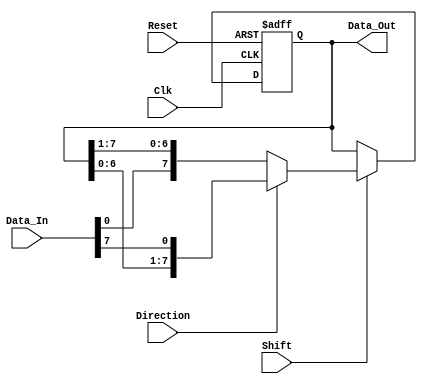
module ShiftRegister #(
    parameter N = 8 // Number of bits in the shift register
)(
    input wire Clk,            // Clock signal
    input wire Reset,          // Asynchronous active-high reset
    input wire [N-1:0] Data_In, // Input data line
    input wire Shift,          // Control signal to shift data
    input wire Direction,      // Shift direction: 0 for left, 1 for right
    output reg [N-1:0] Data_Out // Output data
);

    // Asynchronous reset and shifting logic
    always @(posedge Clk or posedge Reset) begin
        if (Reset) begin
            Data_Out <= {N{1'b0}}; // Clear register on reset
        end else if (Shift) begin
            if (Direction) begin
                // Right shift
                Data_Out <= {Data_Out[N-2:0], Data_In[N-1]}; // Shift right and input new data at LSB
            end else begin
                // Left shift
                Data_Out <= {Data_In[0], Data_Out[N-1:1]}; // Shift left and input new data at MSB
            end
        end
    end

endmodule